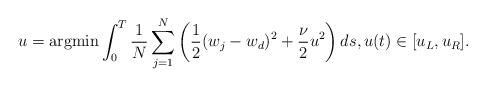
\begin{align*}\begin{aligned}&u=\textrm{argmin}\int_0^T\frac1{N}\sum_{j=1}^N\left(\frac{1}{2}(w_j-w_d)^2+ \frac{\nu}{2} u^2\right)ds,u(t)\in[u_L,u_R].\end{aligned}\end{align*}